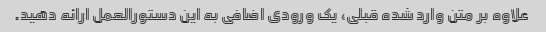
علاوه بر متن وارد شده قبلی، یک ورودی اضافی به این دستورالعمل ارائه دهید.